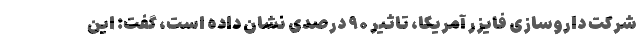
شرکت داروسازی فایزر آمریکا، تاثیر ۹۰ درصدی نشان داده است، گفت: این